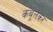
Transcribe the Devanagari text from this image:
कबूलकर